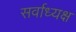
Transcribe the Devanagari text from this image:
सर्वाध्यक्ष